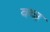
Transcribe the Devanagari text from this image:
वय्न्न